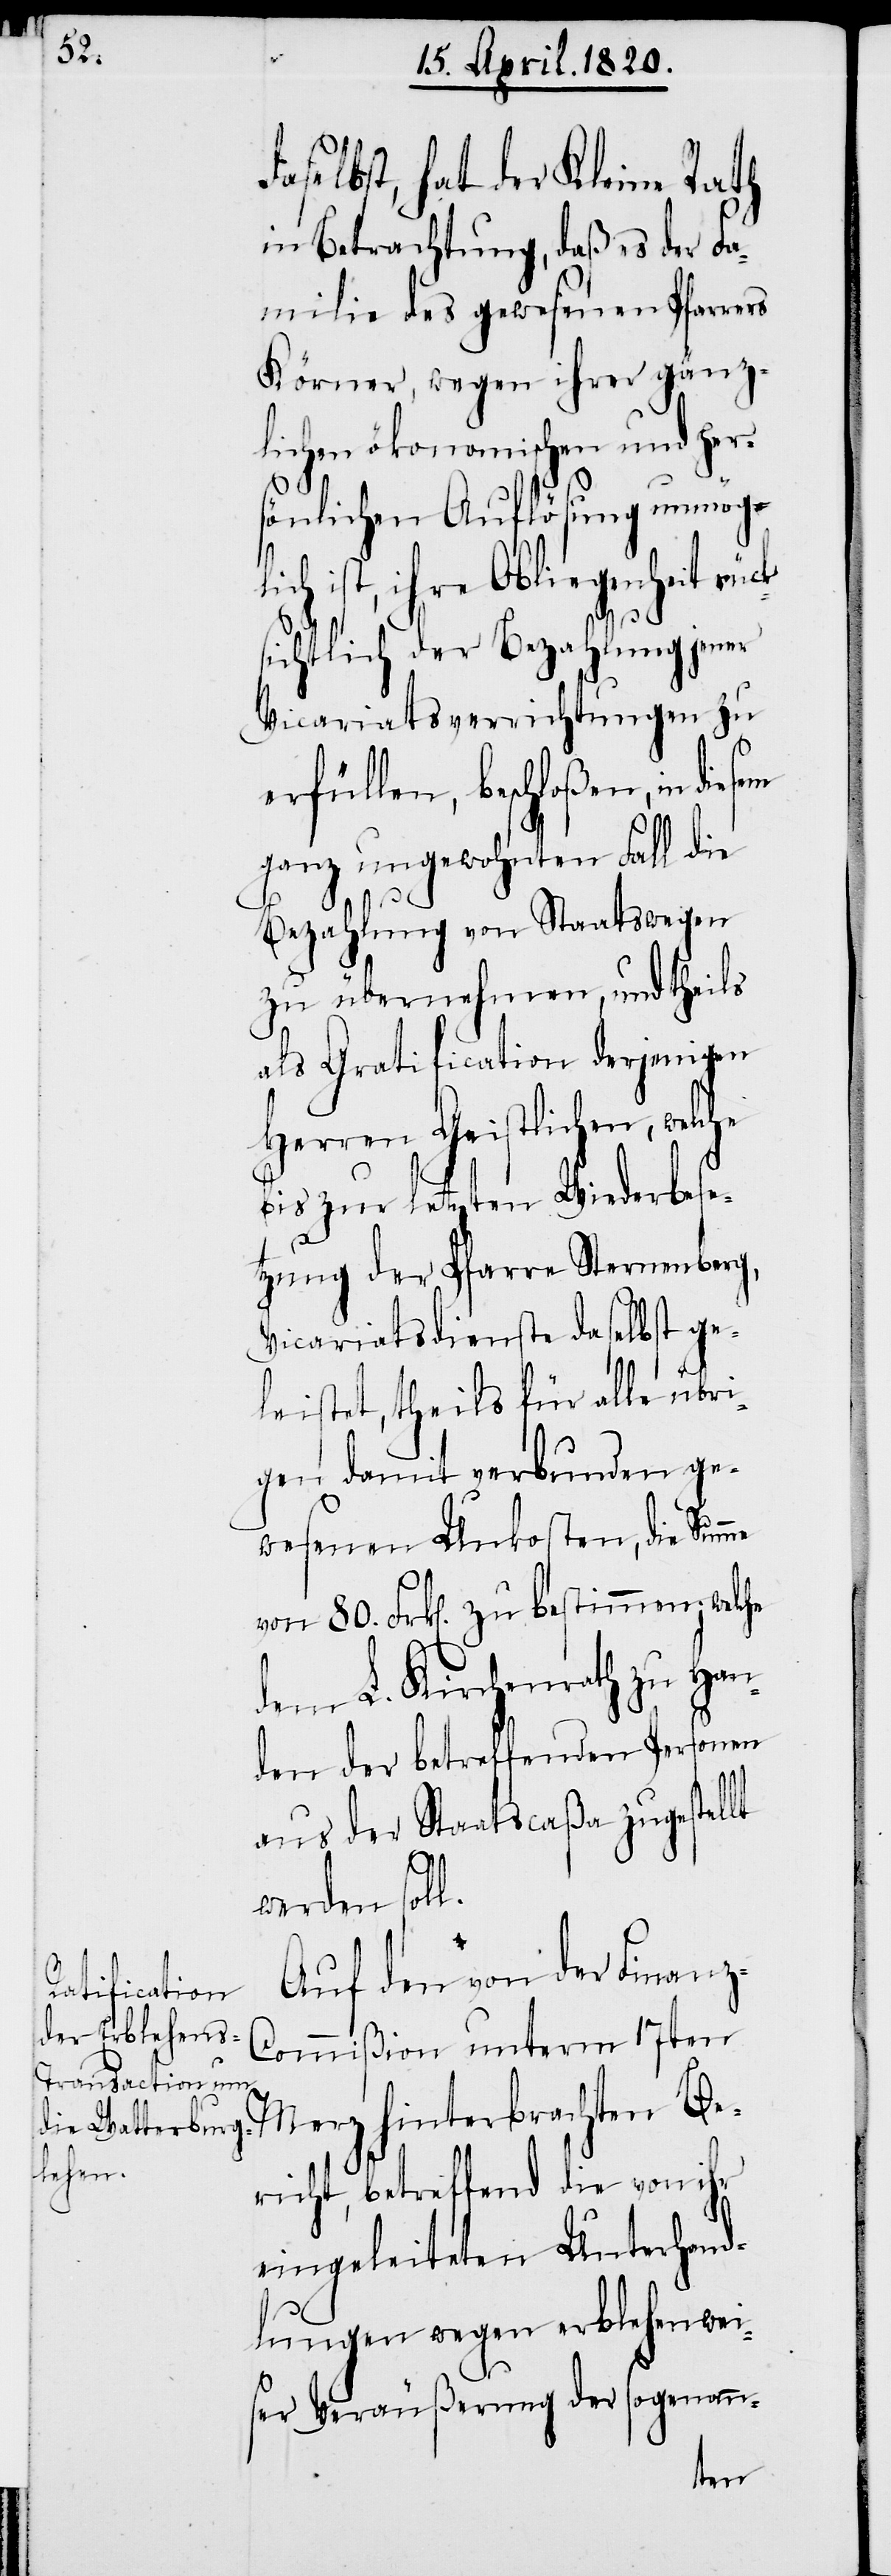
daselbst, hat der Kleine Rath
in Betrachtung, daß es der Fa¬
milie des gewesenen Pfarre¬
Körner, wegen ihrer gänz¬
lichen ökonomischen und per¬
sönlichen Auflösung unmögli¬
ist, ihre Obliegenheit rü¬
sichtlich der Bezahlung jener
Vicariatsverrichtungen zu
erfüllen, beschloßen, in
ganz ungewohnten Fall die
Bezahlung von Staatswegen
zu übernehmen, und theils
als Gratification derjenigen
Herren Geistlichen, welche
bis zur letzten Wiederbese¬
tzung der Pfarre Sternenberg,
Vicariatsdienste daselbst ge¬
leistet, theils für alle übri¬
gen damit verbunden ge¬
wesenen Unkosten, die Summe
von 80 Frk[en]. zu bestimmen; welche
dem L. Kirchenrath zu Han¬
den der betreffenden Personen
aus der Staatscaßa zugestellt
ck¬
werden soll.
Auf den von der Finanz-C¬
ommiβion unterm 17ten
Merz hinterbrachten Be¬
richt, betreffend die von ihr
eingeleiteten Unterhand¬
lungen wegen erblehenwei¬
ser Veräuβerung der sogenan-